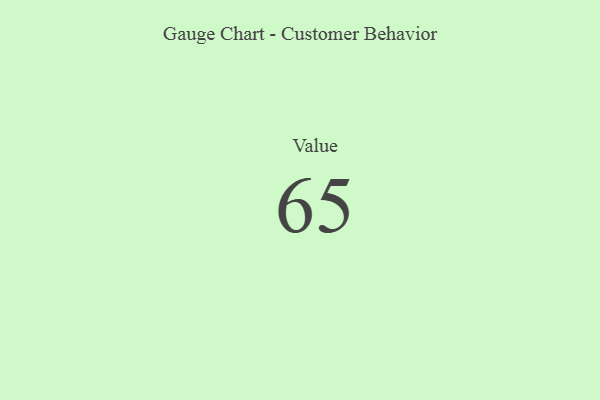
{"axis": {"x": "Metric", "y": "Value"}, "legend": [""], "data": [{"x": "Value", "y": 65, "type": ""}]}